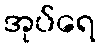
အုပ်ရေ